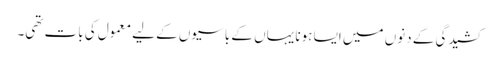
کشیدگی کے دنوں میں ایسا ہونا یہاں کے باسیوں کے لیے معمول کی بات تھی۔